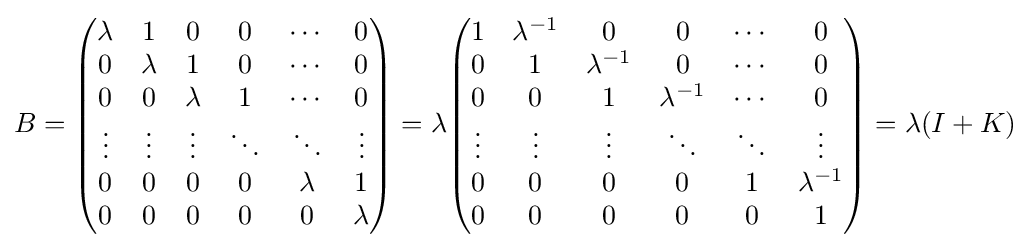
B={\begin{pmatrix}\lambda &1&0&0&\cdots &0\\0&\lambda &1&0&\cdots &0\\0&0&\lambda &1&\cdots &0\\\vdots &\vdots &\vdots &\ddots &\ddots &\vdots \\0&0&0&0&\lambda &1\\0&0&0&0&0&\lambda \\\end{pmatrix}}=\lambda {\begin{pmatrix}1&\lambda ^{-1}&0&0&\cdots &0\\0&1&\lambda ^{-1}&0&\cdots &0\\0&0&1&\lambda ^{-1}&\cdots &0\\\vdots &\vdots &\vdots &\ddots &\ddots &\vdots \\0&0&0&0&1&\lambda ^{-1}\\0&0&0&0&0&1\\\end{pmatrix}}=\lambda (I+K)